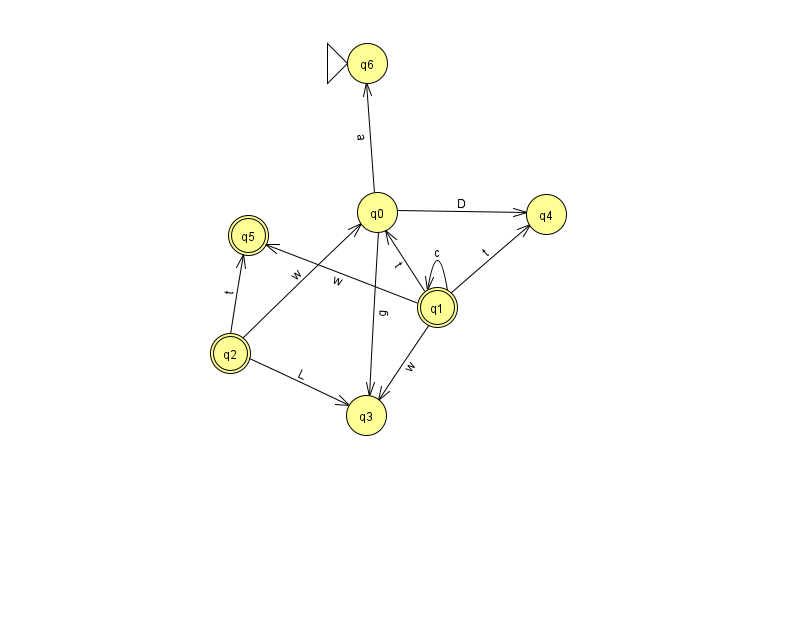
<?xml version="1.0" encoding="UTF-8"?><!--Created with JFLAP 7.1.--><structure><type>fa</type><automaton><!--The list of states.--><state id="0" name="q0"><x>377.0</x><y>199.0</y></state><state id="1" name="q1"><x>437.0</x><y>294.0</y><final/></state><state id="2" name="q2"><x>230.0</x><y>340.0</y><final/></state><state id="3" name="q3"><x>366.0</x><y>402.0</y></state><state id="4" name="q4"><x>546.0</x><y>201.0</y></state><state id="5" name="q5"><x>248.0</x><y>222.0</y><final/></state><state id="6" name="q6"><x>367.0</x><y>50.0</y><initial/></state><!--The list of transitions.--><transition><from>2</from><to>0</to><read>w</read></transition><transition><from>0</from><to>3</to><read>g</read></transition><transition><from>2</from><to>5</to><read>t</read></transition><transition><from>0</from><to>4</to><read>D</read></transition><transition><from>1</from><to>1</to><read>c</read></transition><transition><from>0</from><to>6</to><read>a</read></transition><transition><from>1</from><to>5</to><read>w</read></transition><transition><from>1</from><to>0</to><read>t</read></transition><transition><from>1</from><to>4</to><read>t</read></transition><transition><from>2</from><to>3</to><read>L</read></transition><transition><from>1</from><to>3</to><read>w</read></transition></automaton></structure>